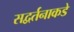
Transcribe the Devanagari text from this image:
सद्वर्तनाकडे